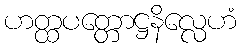
ဟတ္ထပတ္တောဋ္ဌနိလ္လေဟံ